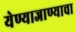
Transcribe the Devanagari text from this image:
येण्याजाण्याचा